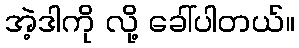
အဲ့ဒါကို လို့ ခေါ်ပါတယ်။